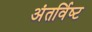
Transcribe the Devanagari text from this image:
अंतर्विष्‍ट